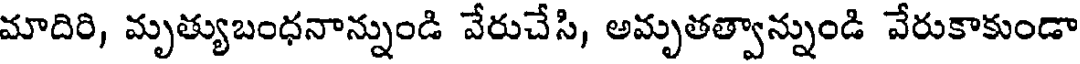
మాదిరి, మృత్యుబంధనాన్నుండి వేరుచేసి, అమృతత్వాన్నుండి వేరుకాకుండా